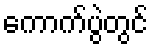
ကောက်ပွဲတွင်